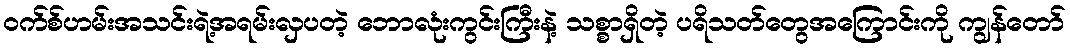
ဝက်စ်ဟမ်းအသင်းရဲ့အရမ်းလှပတဲ့ ဘောလုံးကွင်းကြီးနဲ့ သစ္စာရှိတဲ့ ပရိသတ်တွေအကြောင်းကို ကျွန်တော်